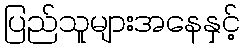
ပြည်သူများအနေနှင့်